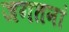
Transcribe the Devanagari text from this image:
जगतनां